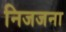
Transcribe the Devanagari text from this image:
निजजना